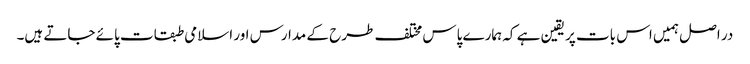
در اصل ہمیں اس بات پر یقین ہے کہ ہمارے پاس مختلف طرح کے مدارس اور اسلامی طبقات پائے جاتے ہیں۔